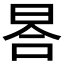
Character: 𣆗